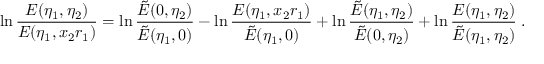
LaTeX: \ln \frac { E ( \eta _ { 1 } , \eta _ { 2 } ) } { E ( \eta _ { 1 } , x _ { 2 } r _ { 1 } ) } = \ln \frac { \tilde { E } ( 0 , \eta _ { 2 } ) } { \tilde { E } ( \eta _ { 1 } , 0 ) } - \ln \frac { E ( \eta _ { 1 } , x _ { 2 } r _ { 1 } ) } { \tilde { E } ( \eta _ { 1 } , 0 ) } + \ln \frac { \tilde { E } ( \eta _ { 1 } , \eta _ { 2 } ) } { \tilde { E } ( 0 , \eta _ { 2 } ) } + \ln \frac { E ( \eta _ { 1 } , \eta _ { 2 } ) } { \tilde { E } ( \eta _ { 1 } , \eta _ { 2 } ) } \; .